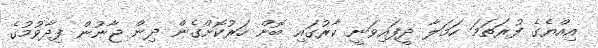
އިއްޔެގެ ފުރަތަމަ ހަމަލާ ދީފައިވަނީ ކާރުގައި ބޮން ހަރުކޮށްގެން ދިން ޖާނުން ފިދާވުމުގެ